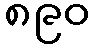
၈၉၀